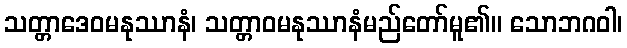
သတ္တာဒေဝမနုဿာနံ၊ သတ္တာဝမနုဿာနံမည်တော်မူ၏။ သောဘဂဝါ၊